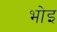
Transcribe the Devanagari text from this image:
भोइ